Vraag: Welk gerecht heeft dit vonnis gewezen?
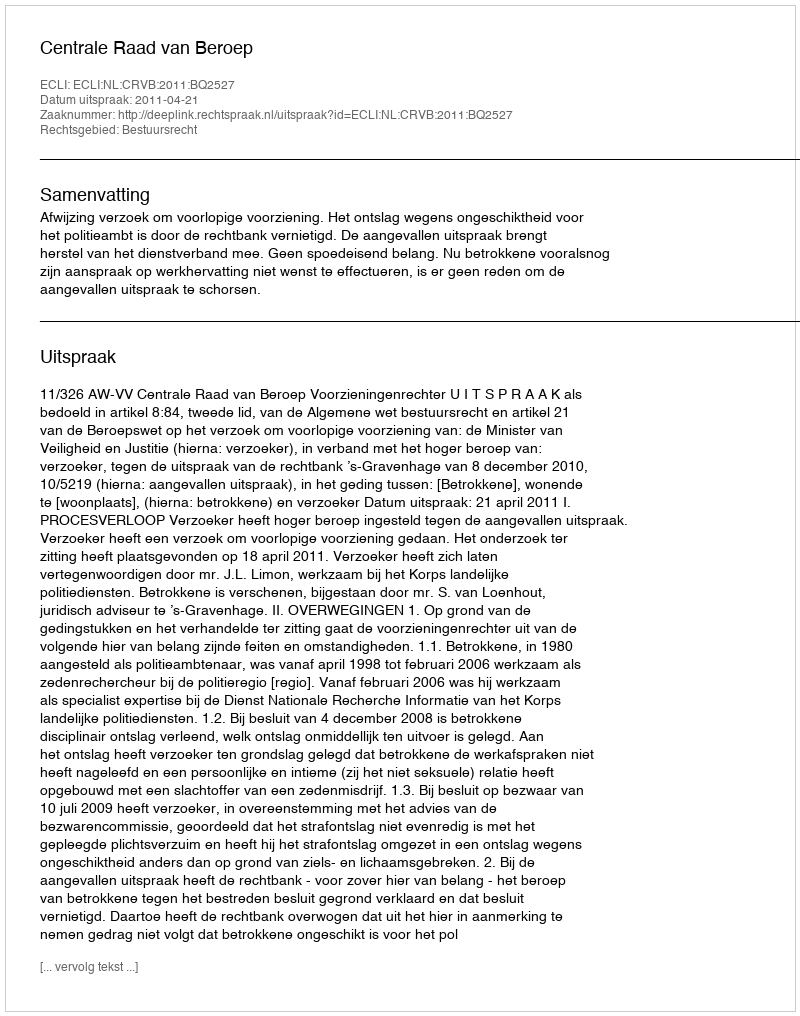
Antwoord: Centrale Raad van Beroep